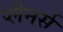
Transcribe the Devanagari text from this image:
प्लैनर्स